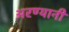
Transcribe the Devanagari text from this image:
अरण्यानी